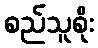
စည်သူစိုး